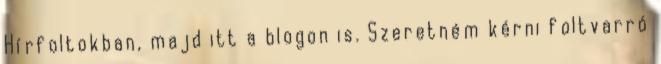
Hírfoltokban, majd itt a blogon is. Szeretném kérni foltvarró